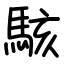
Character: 駭